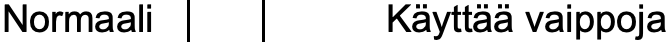
Normaali     Käyttää vaippoja